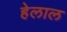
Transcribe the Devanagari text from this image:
हेलाल